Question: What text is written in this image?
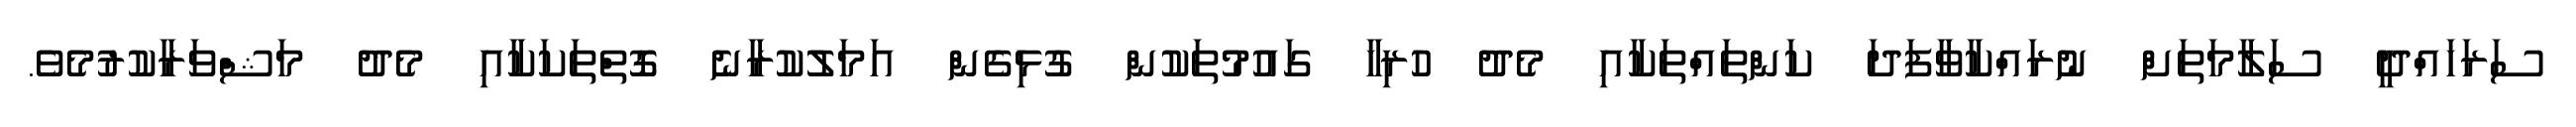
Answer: ސަރަހައްދީ ސަލާމަތަށް ނުރައްކާވާފަދަ ކަންތައްތަކާއި މެދު ހުރިހާ ގައުމުތަކުން ގުޅިގެން އަމަލުކުރާނެ ގޮތްތަކަކާއި މެދު މަޝްވަރާކުރުމެވެ.